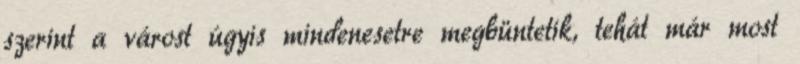
szerint a várost úgyis mindenesetre megbüntetik, tehát már most